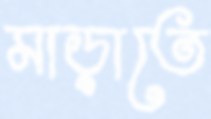
মাড়াতে